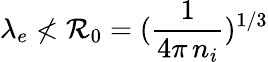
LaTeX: \lambda_{e}\nless\mathcal{R}_{0}=(\frac{{1}}{{4\pi\, n_{i}}})^{1/3}